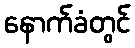
နောက်ခံတွင်